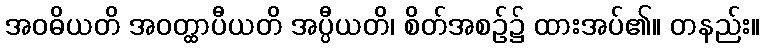
အဝဓိယတိ အဝတ္ထာပီယတိ အပ္ပီယတိ၊ စိတ်အစဉ်၌ ထားအပ်၏။ တနည်း။